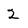
Character: 2